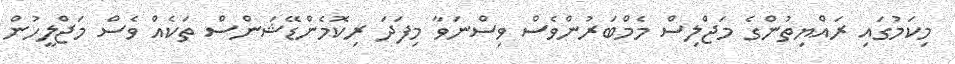
މިކަމުގައި ރައްޔިތުންގެ މަޖްލިސް މެމްބަރުންވެސް ވިސްނަވާ މިފަދަ ރިކޮމެންޑޭޝަންސް ތަކެއް ވެސް މަޖްލީހުން